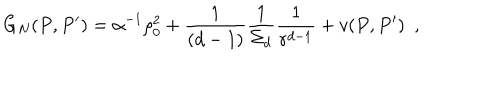
G _ { N } ( P , P ^ { \prime } ) = \alpha ^ { - 1 } \rho _ { 0 } ^ { 2 } + { \frac { 1 } { ( d - 1 ) } } { \frac { 1 } { \Sigma _ { d } } } { \frac { 1 } { r ^ { d - 1 } } } + v ( P , P ^ { \prime } ) ~ ~ ,